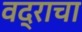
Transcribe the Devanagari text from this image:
वद्राचा